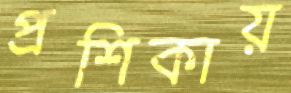
প্রশিকায়